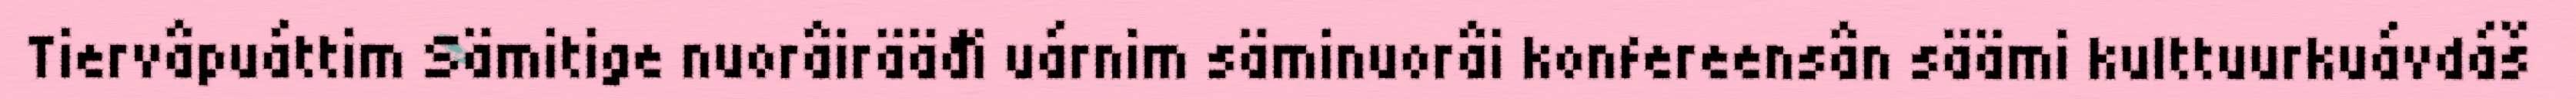
Tiervâpuáttim Sämitige nuorâirääđi uárnim säminuorâi konfereensân säämi kulttuurkuávdáš